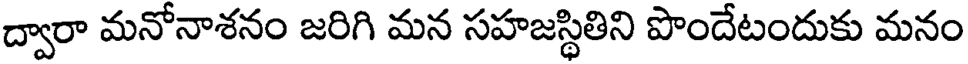
ద్వారా మనోనాశనం జరిగి మన సహజస్థితిని పొందేటందుకు మనం